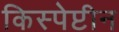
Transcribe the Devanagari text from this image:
किस्पेप्टीन